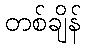
တစ်ချိန်